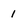
Character: 1